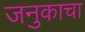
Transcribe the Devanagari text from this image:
जनुकाचा